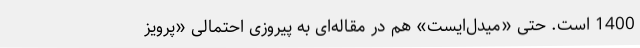
1400 است. حتی «میدل‌ایست» هم در مقاله‌ای به پیروزی احتمالی «پرویز